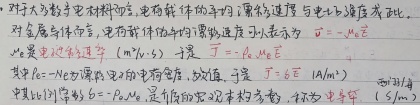
对于大多数电介质材料，电荷载体的平均漂移速度与电场强度成正比。对金属导体而言，电荷载体的平均漂移速度可表示为\(\vec{v} = -\mu_{e}\vec{E}\)，此处\(\mu_{e}\)是电子迁移率\((\text{m}^2/(\text{V}\cdot\text{s}))\)。于是\(\vec{J}= - n_{e}e\mu_{e}\vec{E}\ (\text{A}/\text{m}^2)\)，其中\(n_{e}\)为媒介中电子的电荷密度，故\(\sigma = n_{e}e\mu_{e}\ (\text{S}/\text{m})\)，此处比例常数\(\sigma = n_{e}e\mu_{e}\)就是电导率，对于本征半导体，也称为“电导率”。